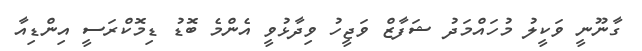
ގާނޫނީ ވަކީލު މުހައްމަދު ޝަފާޒް ވަޖީހު ވިދާޅުވީ އެންމެ ބޮޑު ޑިމޮކްރަސީ އިންޑިއާ